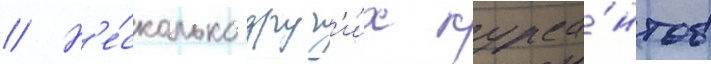
// Н'е́сколько друг'и́х курса́нтов